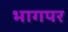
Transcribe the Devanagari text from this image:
भागपर